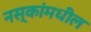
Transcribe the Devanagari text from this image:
नस्कांमधील